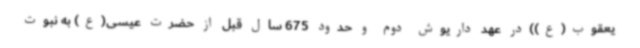
یعقوب(ع))در عهد داریوش دوم و حدود 675 سال قبل از حضرت عیسی(ع) به نبوت